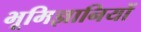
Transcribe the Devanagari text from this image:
भूमिज्ञानियों